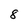
Character: 8